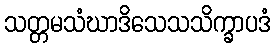
သတ္တမသံဃာဒိသေသသိက္ခာပဒံ